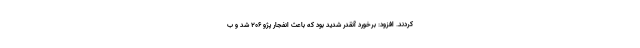
کردند. افزود: برخورد آنقدر شدید بود که باعث انفجار پژو ۲۰۶ شد و ب